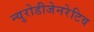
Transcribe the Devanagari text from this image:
न्युरोडीजेनरेटिव